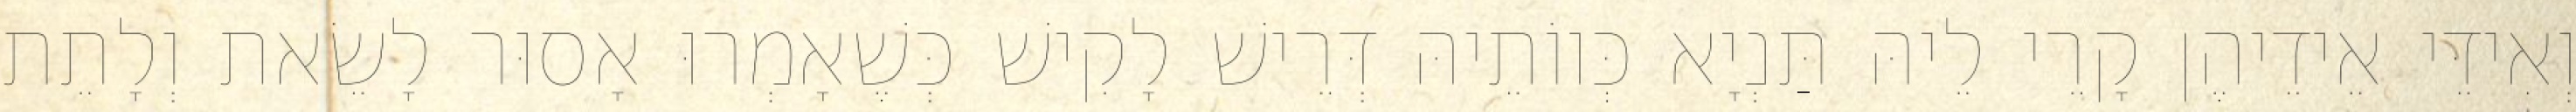
וְאִידֵּי אֵידֵיהֶן קָרֵי לֵיהּ תַּנְיָא כְּווֹתֵיהּ דְּרֵישׁ לָקִישׁ כְּשֶׁאָמְרוּ אָסוּר לָשֵׂאת וְלָתֵת